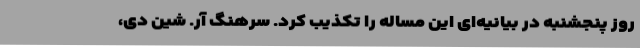
روز پنجشنبه در بیانیه‌ای این مساله را تکذیب کرد. سرهنگ آر. شین دی،